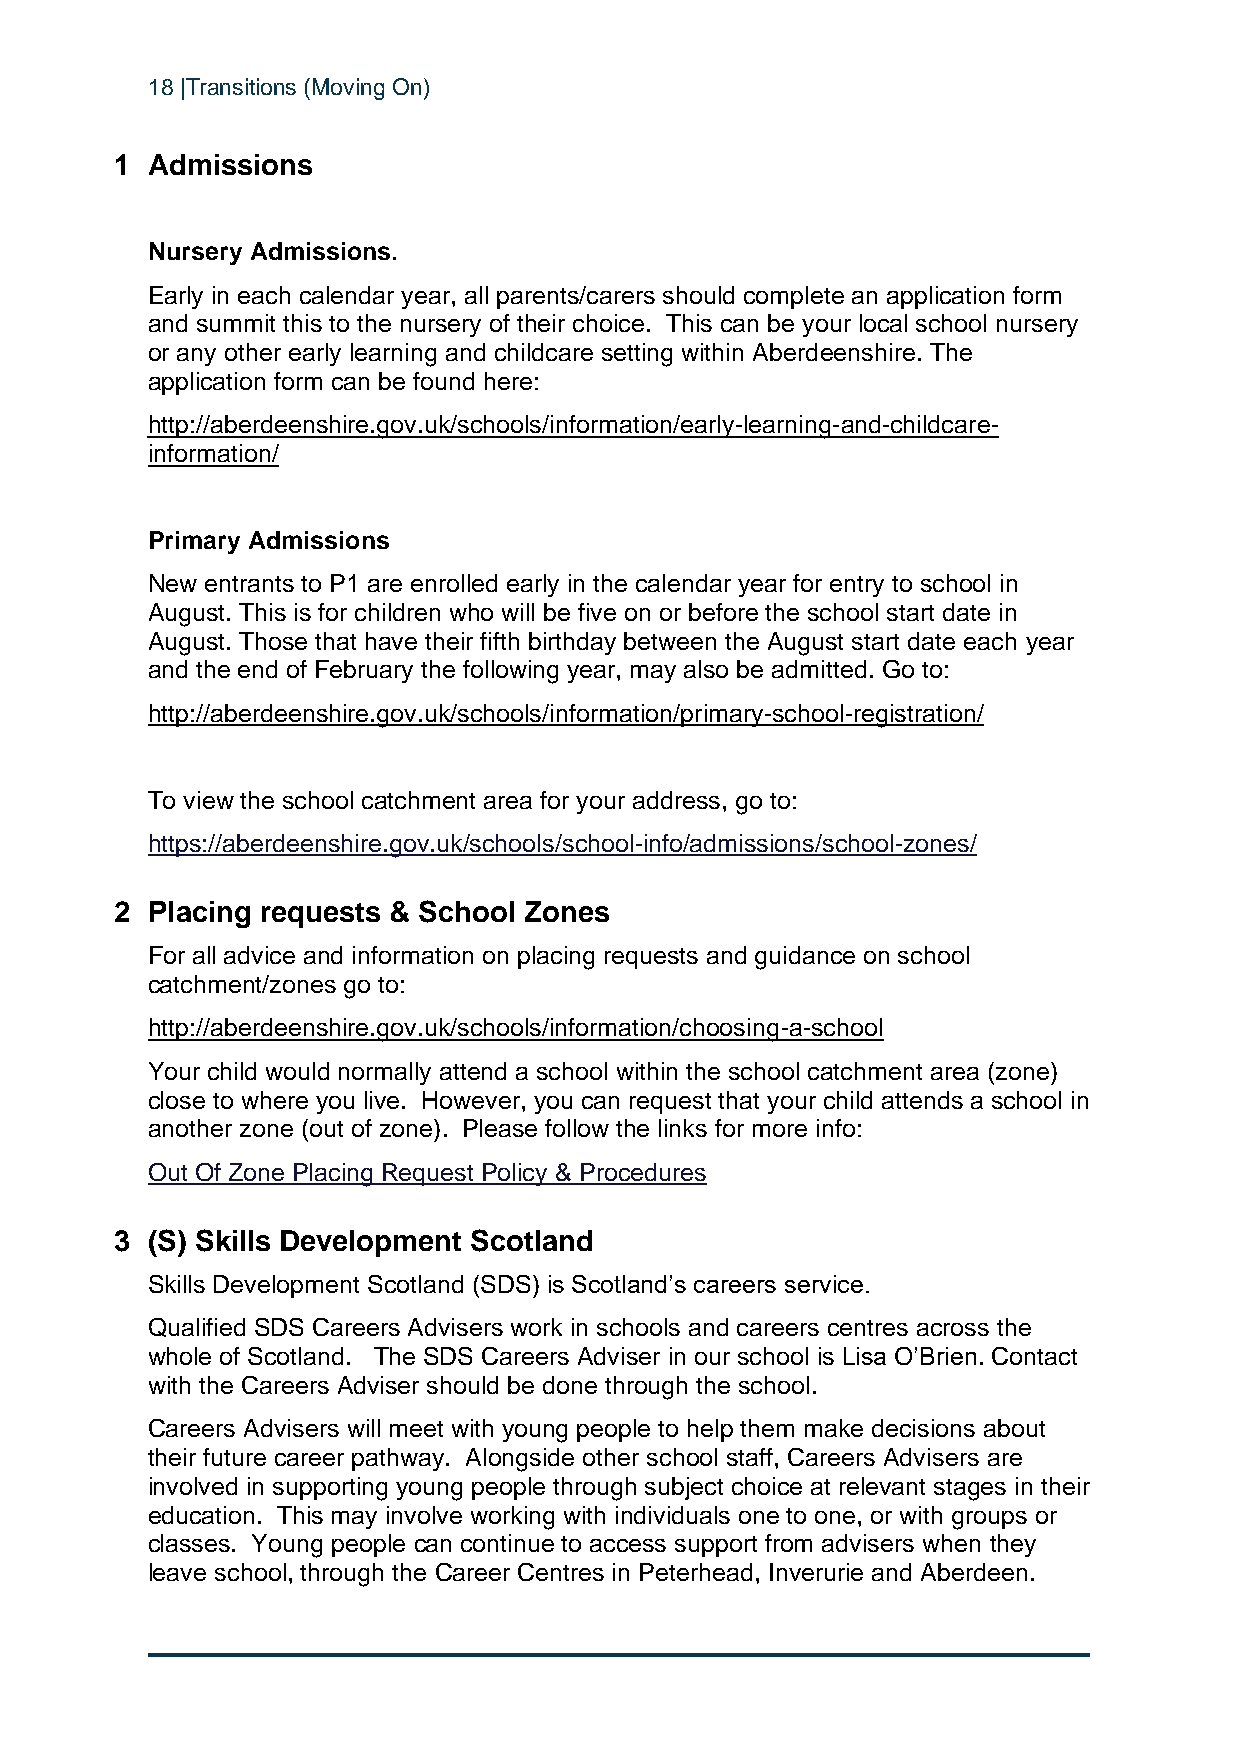
18 |Transitions (Moving On)
 1 Admissions
 Nursery Admissions.
 Early in each calendar year, all parents/carers should complete an application form
 and summit this to the nursery of their choice. This can be your local school nursery
 or any other early learning and childcare setting within Aberdeenshire. The
 application form can be found here:
 http://aberdeenshire.gov.uk/schools/information/early-learning-and-childcare-
 information/
 Primary Admissions
 New entrants to P1 are enrolled early in the calendar year for entry to school in
 August. This is for children who will be five on or before the school start date in
 August. Those that have their fifth birthday between the August start date each year
 and the end of February the following year, may also be admitted. Go to:
 http://aberdeenshire.gov.uk/schools/information/primary-school-registration/
 To view the school catchment area for your address, go to:
 https://aberdeenshire.gov.uk/schools/school-info/admissions/school-zones/
 2 Placing requests & School Zones
 For all advice and information on placing requests and guidance on school
 catchment/zones go to:
 http://aberdeenshire.gov.uk/schools/information/choosing-a-school
 Your child would normally attend a school within the school catchment area (zone)
 close to where you live. However, you can request that your child attends a school in
 another zone (out of zone). Please follow the links for more info:
 Out Of Zone Placing Request Policy & Procedures
 3 (S) Skills Development Scotland
 Skills Development Scotland (SDS) is Scotland’s careers service.
 Qualified SDS Careers Advisers work in schools and careers centres across the
 whole of Scotland. The SDS Careers Adviser in our school is Lisa O’Brien. Contact
 with the Careers Adviser should be done through the school.
 Careers Advisers will meet with young people to help them make decisions about
 their future career pathway. Alongside other school staff, Careers Advisers are
 involved in supporting young people through subject choice at relevant stages in their
 education. This may involve working with individuals one to one, or with groups or
 classes. Young people can continue to access support from advisers when they
 leave school, through the Career Centres in Peterhead, Inverurie and Aberdeen.